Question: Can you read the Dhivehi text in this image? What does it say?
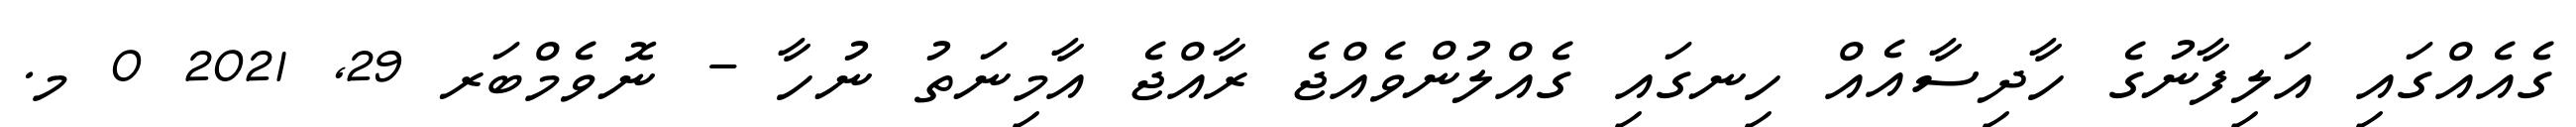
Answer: ގެއެއްގައި އަލިފާނުގެ ހާދިސާއެއް ހިނގައި ގެއްލުންވެއްޖެ ރާއްޖެ އާމިނަތު ނުހާ - ނޮވެމްބަރ 29, 2021 0 މ.